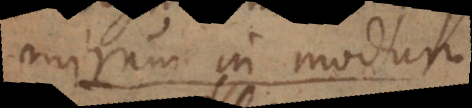
mirum in modum.